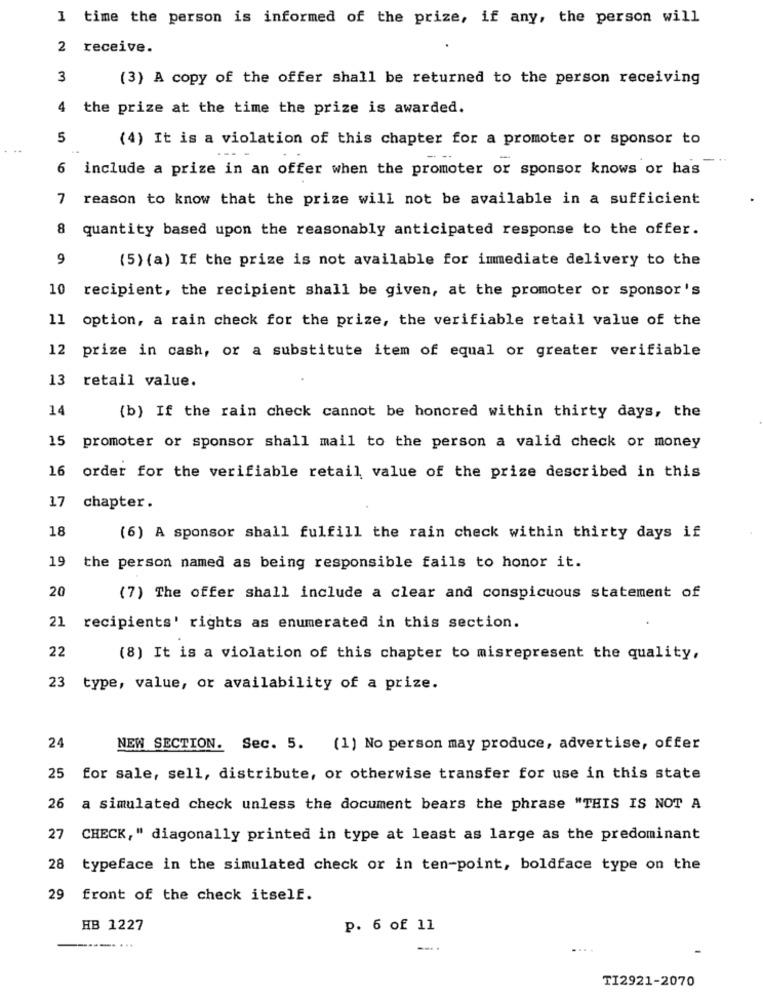
1 time the person is informed of the prize, if any, the person will
2
receive.
3
(3) A copy of the offer shall be returned to the person receiving
4
the prize at the time the prize is awarded.
5
(4) It is a violation of this chapter for a promoter or sponsor to
--
6
include a prize in an offer when the promoter or sponsor knows or has
7
reason to know that the prize will not be available in a sufficient
8
quantity based upon the reasonably anticipated response to the offer.
9
(5) (a) If the prize is not available for immediate delivery to the
10 recipient, the recipient shall be given, at the promoter or sponsor's
11 option, a rain check for the prize, the verifiable retail value of the
12
prize in cash, or a substitute item of equal or greater verifiable
13 retail value.
14
(b) If the rain check cannot be honored within thirty days, the
15
promoter or sponsor shall mail to the person a valid check or money
16
order for the verifiable retail value of the prize described in this
17
chapter.
18
(6) A sponsor shall fulfill the rain check within thirty days if
19
the person named as being responsible fails to honor it.
20
(7) The offer shall include a clear and conspicuous statement of
21
recipients' rights as enumerated in this section.
22
(8) It is a violation of this chapter to misrepresent the quality,
23
type, value, or availability of a prize.
24
NEW SECTION. Sec. 5. (1) No person may produce, advertise, offer
25
for sale, sell, distribute, or otherwise transfer for use in this state
26
a simulated check unless the document bears the phrase "THIS IS NOT A
27
CHECK," diagonally printed in type at least as large as the predominant
28 typeface in the simulated check or in ten-point, boldface type on the
29 front of the check itself.
HB 1227
p. 6 of 11
-. ...
TI2921-2070